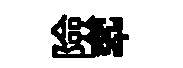
險翆